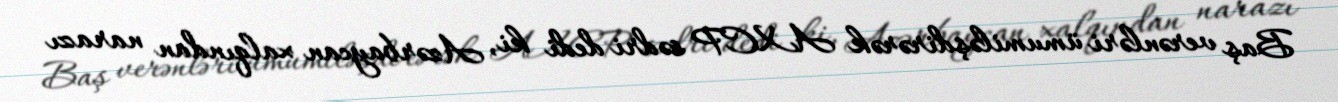
Baş verənləri ümumiləşdirərək AXCP sədri dedi ki, Azərbaycan xalqından narazı